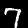
Label: 7